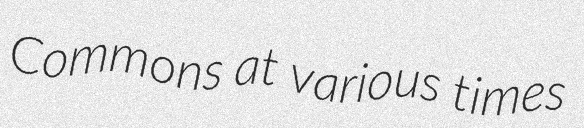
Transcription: Commons at various times